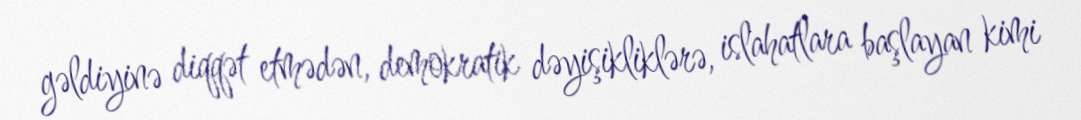
gəldiyinə diqqət etmədən, demokratik dəyişikliklərə, islahatlara başlayan kimi